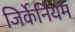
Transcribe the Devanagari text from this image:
जिर्केनियम